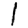
Digit: 1